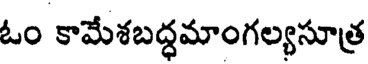
ఓం కామేశబద్ధమాంగల్యసూత్ర